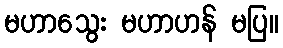
မဟာသွေး မဟာဟန် မပြ။